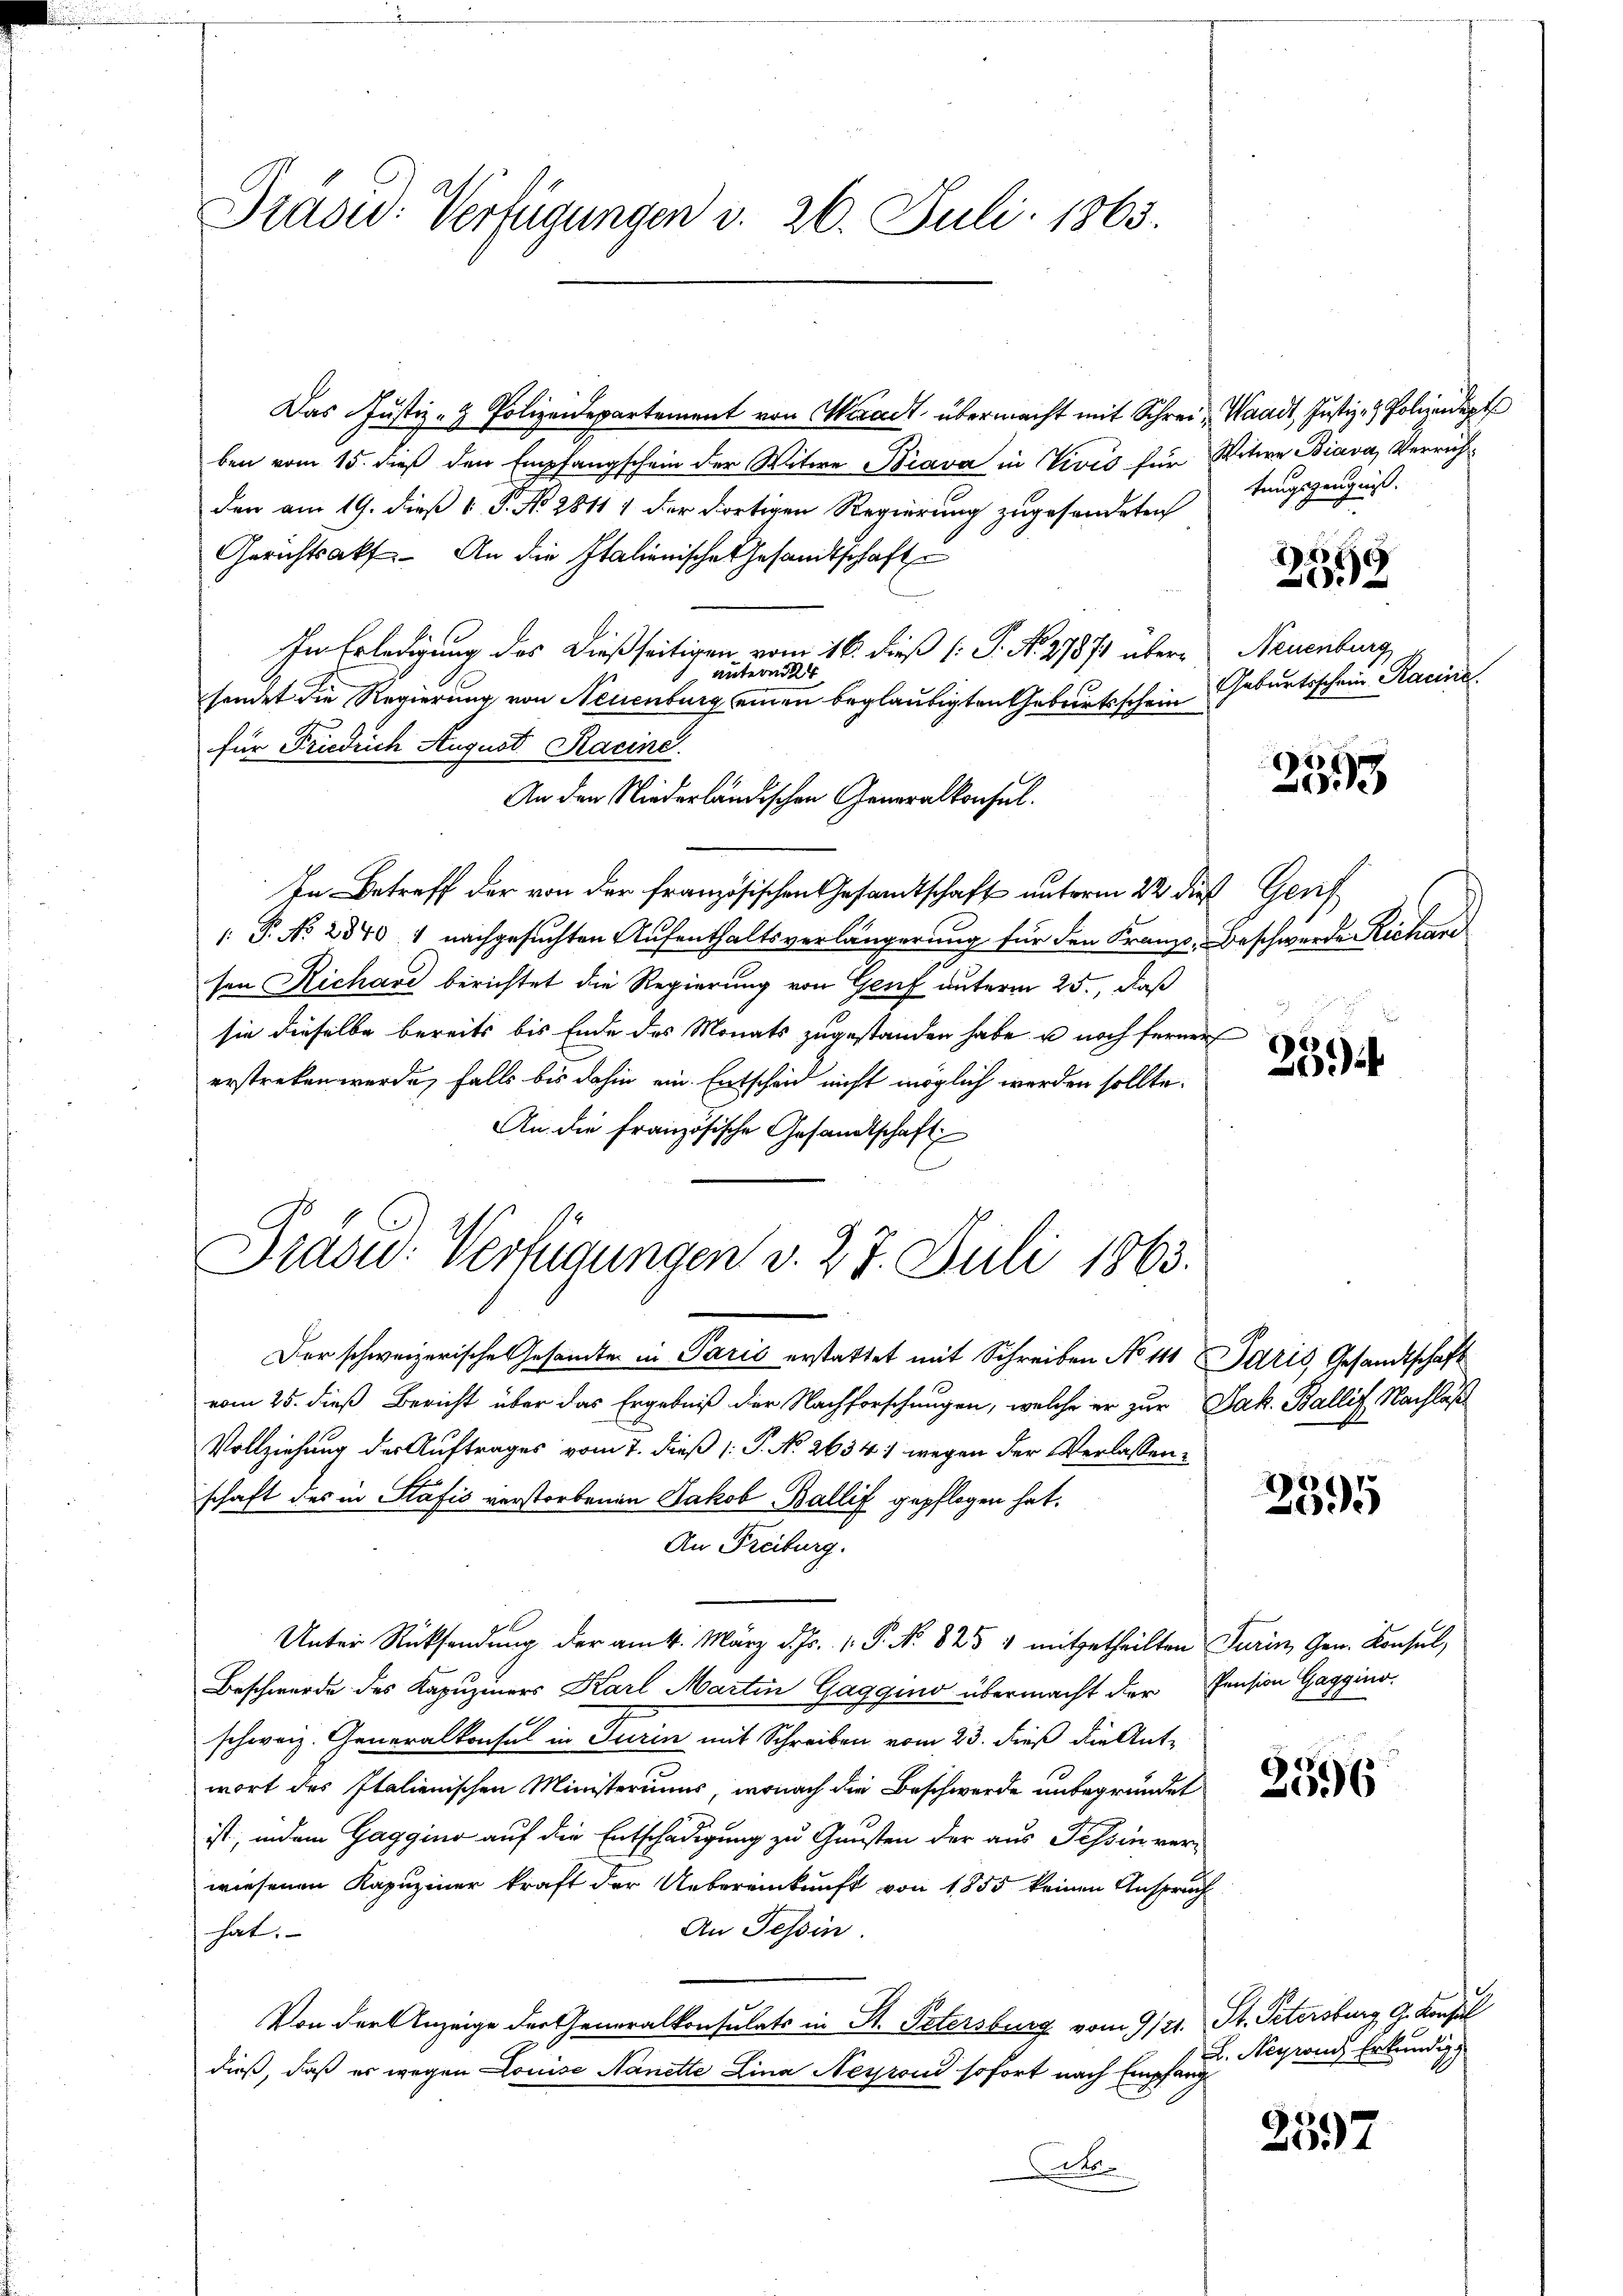
Präsid. Verfügungen v. 26. Juli 1863.

Das Justiz - Polizeidepartement von Waadt, übermacht mit Schreiben vom 15. dieß den Empfangschein der Witwe Piava in Nives für Witwe Biava, Verrichden am 19. dieß P. No 28111 der dortigen Regierung zugesendeten
Gerichtsakt. An die Italienische Gesandtschaft
In Erledigung des dießseitigen vom 16. dieß (P. N. 27871 über¬
 unterm 4
sondet die Regierung von Neuenburg einen beglaubigten Geburtsschein
für Friedrich August Racine.
An den Niederländischen Generalkonsul
In Betreff der von der französischen Gesandtschaft unterm 22 dieß Genf
 P. No 2340 4 nachgesuchten Aufenthaltsverlängerung für den Franzo, Beschwerde Richare
sen Richare berichtet die Regierung von Genf unterm 25., daß
sie dieselbe bereits bis Ende des Monats zugestanden habe u noch ferner
erstreken werde, falls bis dahin ein Entscheid nicht möglich werden sollte.
An die französische Gesandtschaft
Präsid. Verfügungen v. 27. Juli 1863.

Waadt, Justiz- & Polizeidigt
tungszeugnis.

Der schweizerische Gesamten in Parić erstattet mit Schreiben No 111 Idris, Gesandtschaft
vom 25. dieß Bericht über das Ergebniß der Nachforschungen, welche er zur Jak. Ballif Nachläß
Vollziehung der Auftrages vom 7. dieß (: P. No 2634) wegen der Verlassenschaft des in Stafis verstorbenen Jakob Ballif gepflogen hat.
An Freiburg.
Unter Rücksendung der am 4. März d. Js. 1. P. Nr. 825 1 mitgetheilten Turin, Gen. Konsul,
Beschwerde des Kapuziners Karl Martin Gaggio übermacht der Pension Gaggino.
schweiz. Generalkonsul in Turin mit Schreiben vom 23. dieß die Antwort des Italienischen Ministeriums, wonach die Beschwerde unbegründet
ist, indem Gaggino auf die Entschädigung zu Gunsten der aus Tessin verwiesenen Kapuziner kraft der Uebereinkunft von 1855 keinen Anspruch
An Tessin.
hat.
Von der Anzeige der Generalkonsulats in St. Petersburg vom 9/21. St. Petersburg, G. Konsul
dieß, daß er wegen Louise Nanette Lina Nession sofort nach Empfang
des

e

xx
ch

Neuenburg
Geburtsschein Racine

253

23

2595

2596

L. Negrand Erkundig

2597